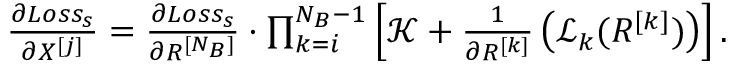
\begin{array} { r } { \frac { \partial L o s s _ { s } } { \partial X ^ { [ j ] } } = \frac { \partial L o s s _ { s } } { \partial R ^ { [ N _ { B } ] } } \cdot \prod _ { k = i } ^ { N _ { B } - 1 } \left[ \mathcal { K } + \frac { 1 } { \partial R ^ { [ k ] } } \left( \mathcal { L } _ { k } ( R ^ { [ k ] } ) \right) \right] . } \end{array}